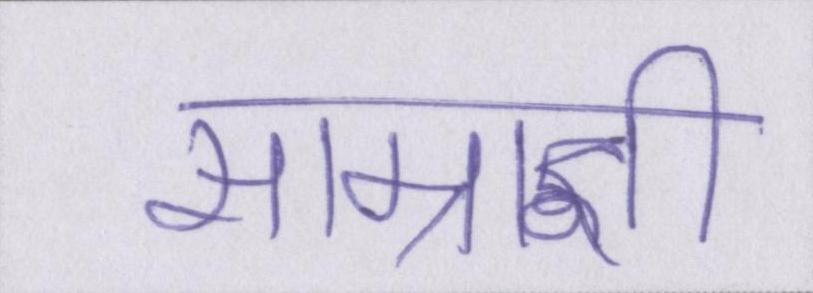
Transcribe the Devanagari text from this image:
साम्राज्ञी